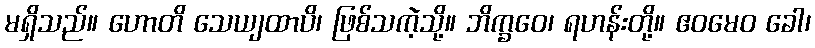
မရှိသည်။ ဟောတိ သေယျထာပိ၊ ဖြစ်သကဲ့သို့။ ဘိက္ခဝေ၊ ရဟန်းတို့။ ဧဝမေဝ ခေါ၊